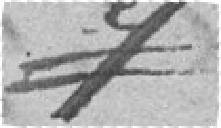
=